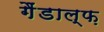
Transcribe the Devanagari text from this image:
गैंडाल्फ़